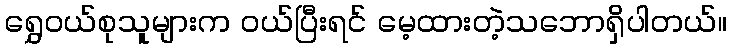
ရွှေဝယ်စုသူများက ဝယ်ပြီးရင် မေ့ထားတဲ့သဘောရှိပါတယ်။